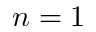
n = 1